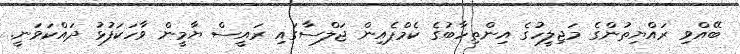
ބޭއްވި ރައްޔިތުންގެ މަޖިލީހުގެ އިންތިހާބުގެ ކެމްޕެއިން ޖަލްސާގައި ރައީސް ޔާމީން ވާހަކަފުޅު ދައްކަވަނީ.